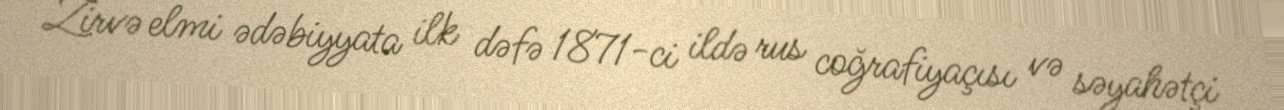
Zirvə elmi ədəbiyyata ilk dəfə 1871-ci ildə rus coğrafiyaçısı və səyahətçi